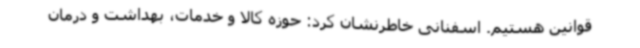
قوانین هستیم. اسفنانی خاطرنشان کرد: حوزه کالا و خدمات، بهداشت و درمان